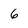
Character: 6